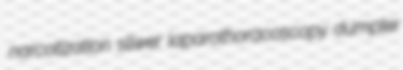
narcotization sliwer laparothoracoscopy dumpler